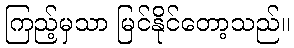
ကြည့်မှသာ မြင်နိုင်တော့သည်။